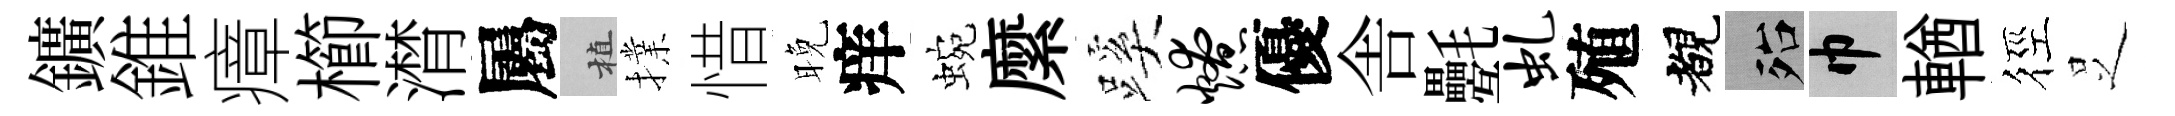
鑛錐瘴櫛潸屬植擈惜晚痒蜿縻蹊燎優舎氎虬殖覩殆巾輶徑𠯁